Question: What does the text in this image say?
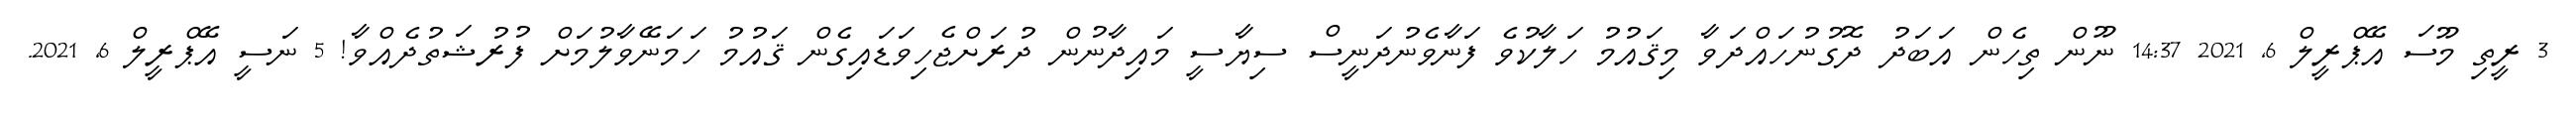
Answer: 3 ރީތި މޫސަ އޭޕްރީލް 6, 2021 14:37 ނޫން ތިހެން އަބަދު ދޮގުނުހައްދަވާ މިޤައުމު ހަލާކުވެ ފަނާވެނުދަނީސް ސިޔާސީ މައިދާނުން ދުރަށްޖެހިވަޑައިގެން ޤައުމު ހަމަނޭވާލުމަށް ފުރުޝަތުދެއްވާ! 5 ނަސީ އޭޕްރީލް 6, 2021.